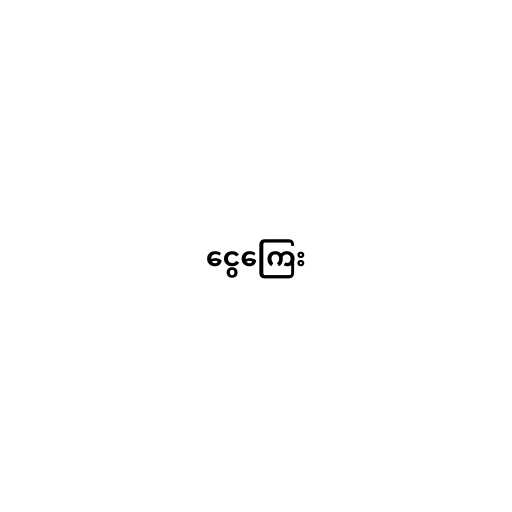
ငွေကြေး